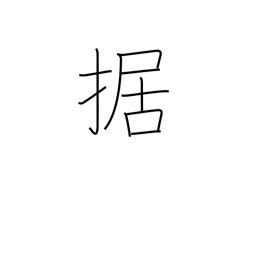
Meaning: equip